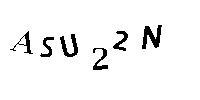
ASU22N